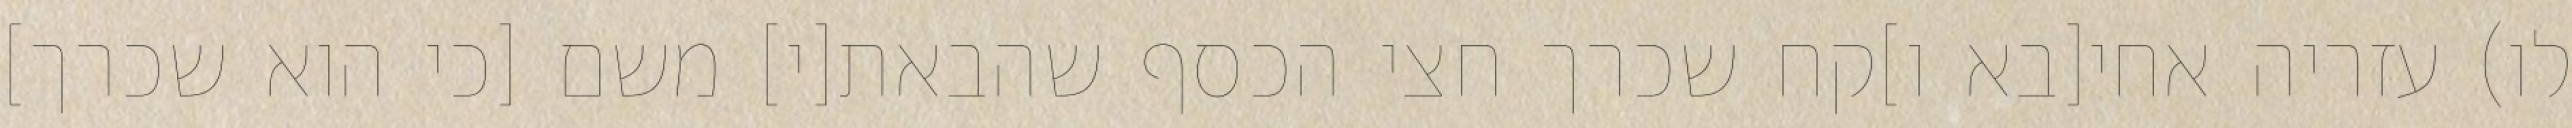
לו) עזריה אחי[בא ו]קח שכרך חצי הכסף שהבאת[י] משם [כי הוא שכרך]